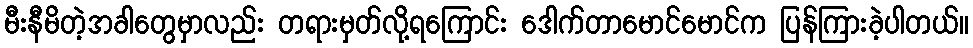
မီးနီမိတဲ့အခါတွေမှာလည်း တရားမှတ်လို့ရကြောင်း ဒေါက်တာမောင်မောင်က ပြန်ကြားခဲ့ပါတယ်။